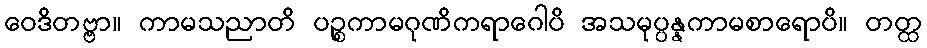
ဝေဒိတဗ္ဗာ။ ကာမသညာတိ ပဉ္စကာမဂုဏိကရာဂေါပိ အသမုပ္ပန္နကာမစာရောပိ။ တတ္ထ